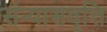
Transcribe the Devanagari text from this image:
संन्यासवृत्ति